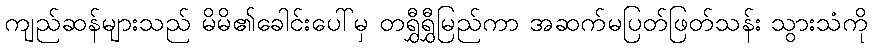
ကျည်ဆန်များသည် မိမိ၏ခေါင်းပေါ်မှ တရွှီရွှီမြည်ကာ အဆက်မပြတ်ဖြတ်သန်း သွားသံကို